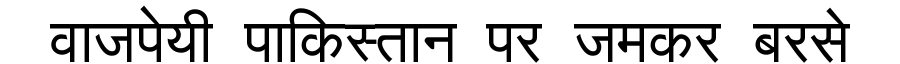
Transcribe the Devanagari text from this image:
वाजपेयी पाकिस्तान पर जमकर बरसे